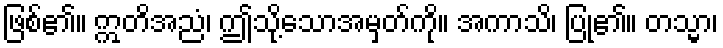
ဖြစ်၏။ ဣတိအညံ၊ ဤသို့သောအမှတ်ကို။ အကာသိ၊ ပြု၏။ တသ္မာ၊